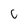
Character: c